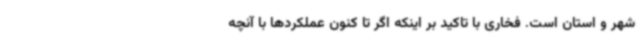
شهر و استان است. فخاری با تاکید بر اینکه اگر تا کنون عملکردها با آنچه